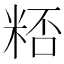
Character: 𥺖